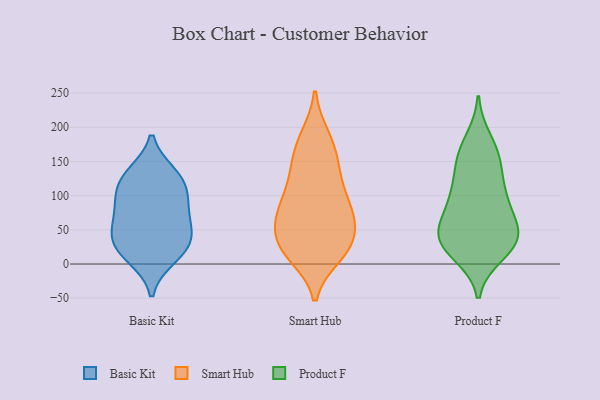
{"axis": {"x": "Humidity (%)", "y": "Value"}, "legend": ["Basic Kit", "Product F", "Smart Hub"], "data": [{"x": "", "y": 126, "type": "Basic Kit"}, {"x": "", "y": 10, "type": "Basic Kit"}, {"x": "", "y": 117, "type": "Basic Kit"}, {"x": "", "y": 73, "type": "Basic Kit"}, {"x": "", "y": 19, "type": "Basic Kit"}, {"x": "", "y": 80, "type": "Basic Kit"}, {"x": "", "y": 97, "type": "Basic Kit"}, {"x": "", "y": 45, "type": "Basic Kit"}, {"x": "", "y": 31, "type": "Basic Kit"}, {"x": "", "y": 131, "type": "Basic Kit"}, {"x": "", "y": 43, "type": "Basic Kit"}, {"x": "", "y": 72, "type": "Smart Hub"}, {"x": "", "y": 28, "type": "Smart Hub"}, {"x": "", "y": 55, "type": "Smart Hub"}, {"x": "", "y": 147, "type": "Smart Hub"}, {"x": "", "y": 18, "type": "Smart Hub"}, {"x": "", "y": 29, "type": "Smart Hub"}, {"x": "", "y": 186, "type": "Smart Hub"}, {"x": "", "y": 132, "type": "Smart Hub"}, {"x": "", "y": 18, "type": "Smart Hub"}, {"x": "", "y": 62, "type": "Smart Hub"}, {"x": "", "y": 101, "type": "Smart Hub"}, {"x": "", "y": 86, "type": "Smart Hub"}, {"x": "", "y": 25, "type": "Smart Hub"}, {"x": "", "y": 184, "type": "Smart Hub"}, {"x": "", "y": 94, "type": "Smart Hub"}, {"x": "", "y": 134, "type": "Smart Hub"}, {"x": "", "y": 13, "type": "Smart Hub"}, {"x": "", "y": 58, "type": "Smart Hub"}, {"x": "", "y": 164, "type": "Smart Hub"}, {"x": "", "y": 78, "type": "Smart Hub"}, {"x": "", "y": 148, "type": "Product F"}, {"x": "", "y": 32, "type": "Product F"}, {"x": "", "y": 14, "type": "Product F"}, {"x": "", "y": 36, "type": "Product F"}, {"x": "", "y": 182, "type": "Product F"}, {"x": "", "y": 36, "type": "Product F"}, {"x": "", "y": 89, "type": "Product F"}, {"x": "", "y": 56, "type": "Product F"}, {"x": "", "y": 53, "type": "Product F"}, {"x": "", "y": 103, "type": "Product F"}, {"x": "", "y": 101, "type": "Product F"}, {"x": "", "y": 154, "type": "Product F"}, {"x": "", "y": 168, "type": "Product F"}, {"x": "", "y": 37, "type": "Product F"}, {"x": "", "y": 17, "type": "Product F"}, {"x": "", "y": 135, "type": "Product F"}, {"x": "", "y": 35, "type": "Product F"}, {"x": "", "y": 97, "type": "Product F"}, {"x": "", "y": 65, "type": "Product F"}]}